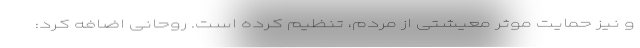
و نیز حمایت موثر معیشتی از مردم، تنظیم کرده است. روحانی اضافه کرد: